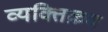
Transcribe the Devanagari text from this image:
व्यक्तिक्रम